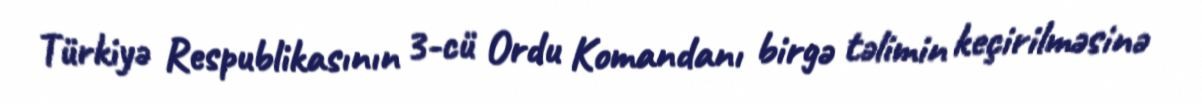
Türkiyə Respublikasının 3-cü Ordu Komandanı birgə təlimin keçirilməsinə